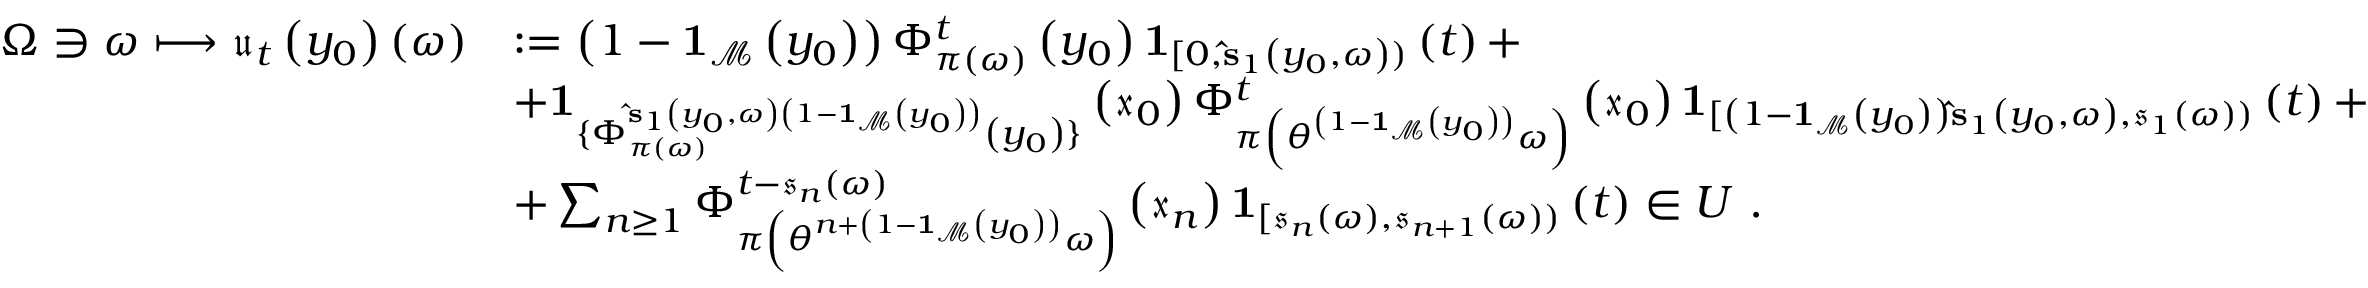
\begin{array} { r l } { \Omega \ni \omega \longmapsto \mathfrak { u } _ { t } \left( y _ { 0 } \right) \left( \omega \right) } & { : = \left( 1 - \mathbf { 1 } _ { \mathcal { M } } \left( y _ { 0 } \right) \right) \Phi _ { \pi \left( \omega \right) } ^ { t } \left( y _ { 0 } \right) \mathbf { 1 } _ { [ 0 , \mathbf { \hat { s } } _ { 1 } \left( y _ { 0 } , \omega \right) ) } \left( t \right) + } \\ & { + \mathbf { 1 } _ { \{ \Phi _ { \pi \left( \omega \right) } ^ { \mathbf { \hat { s } } _ { 1 } \left( y _ { 0 } , \omega \right) \left( 1 - \mathbf { 1 } _ { \mathcal { M } } \left( y _ { 0 } \right) \right) } \left( y _ { 0 } \right) \} } \left( \mathfrak { x } _ { 0 } \right) \Phi _ { \pi \left( \theta ^ { \left( 1 - \mathbf { 1 } _ { \mathcal { M } } \left( y _ { 0 } \right) \right) } \omega \right) } ^ { t } \left( \mathfrak { x } _ { 0 } \right) \mathbf { 1 } _ { [ \left( 1 - \mathbf { 1 } _ { \mathcal { M } } \left( y _ { 0 } \right) \right) \mathbf { \hat { s } } _ { 1 } \left( y _ { 0 } , \omega \right) , \mathfrak { s } _ { 1 } \left( \omega \right) ) } \left( t \right) + } \\ & { + \sum _ { n \geq 1 } \Phi _ { \pi \left( \theta ^ { n + \left( 1 - \mathbf { 1 } _ { \mathcal { M } } \left( y _ { 0 } \right) \right) } \omega \right) } ^ { t - \mathfrak { s } _ { n } \left( \omega \right) } \left( \mathfrak { x } _ { n } \right) \mathbf { 1 } _ { [ \mathfrak { s } _ { n } \left( \omega \right) , \mathfrak { s } _ { n + 1 } \left( \omega \right) ) } \left( t \right) \in U \ . } \end{array}